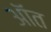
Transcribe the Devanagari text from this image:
ऑत